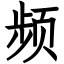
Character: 频